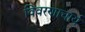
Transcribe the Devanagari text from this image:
विवरणाचार्य